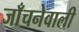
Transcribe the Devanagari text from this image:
जाँचनेवाली